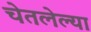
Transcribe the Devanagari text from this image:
चेतलेल्या